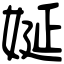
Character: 娫